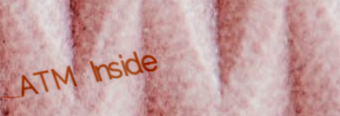
ATM Inside